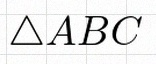
\triangle ABC